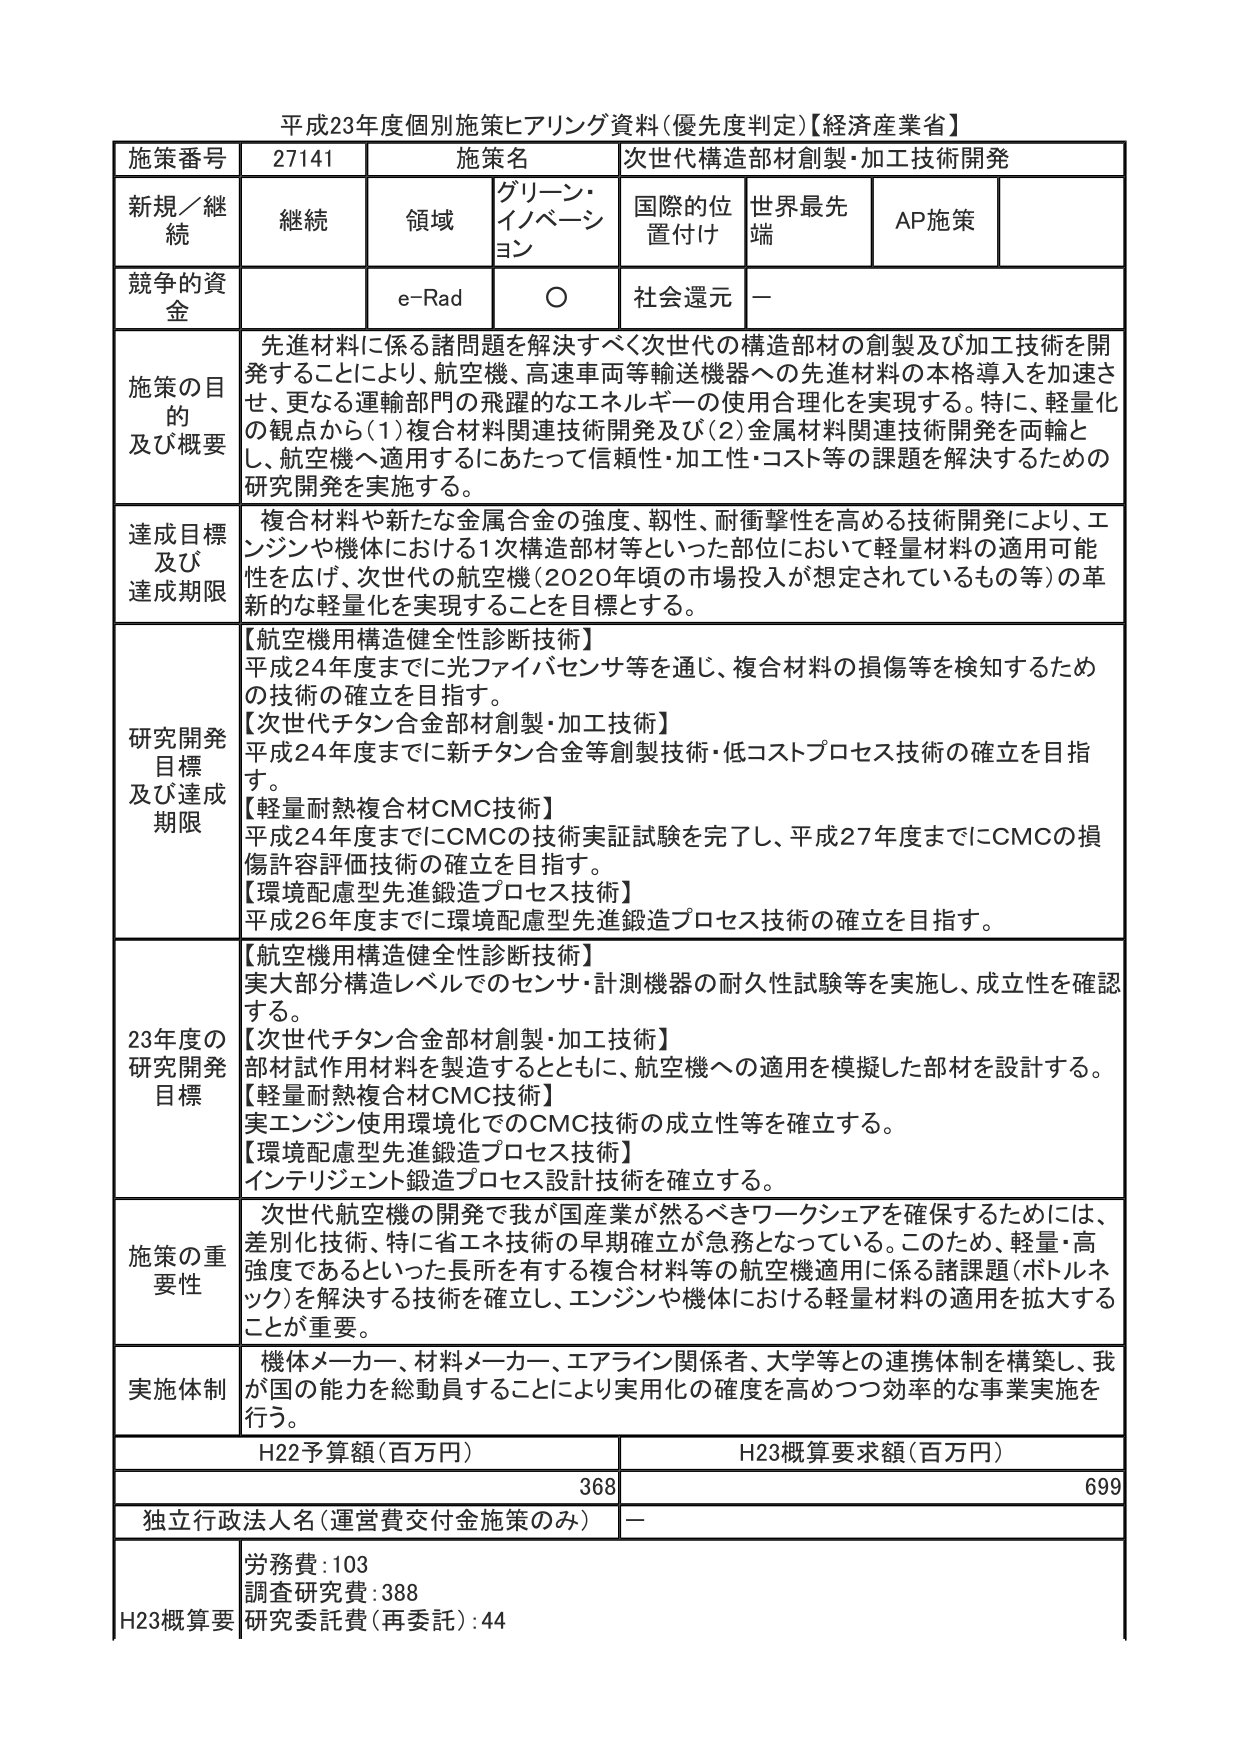
平成23年度個別施策ヒアリング資料(優先度判定)【経済産業省】

施策番号 27141 施策名 次世代構造部材創製・加工技術開発
新規／継続 継続 領域 グリーン・イノベーション 国際的位置付け 世界最先端 AP施策
競争的資金 e-Rad ○ 社会還元 －

施策の目的及び概要 先進材料に係る諸問題を解決すべく次世代の構造部材の創製及び加工技術を開発することにより、航空機、高速車両等輸送機器への先進材料の本格導入を加速させ、更なる運輸部門の飛躍的なエネルギーの使用合理化を実現する。特に、軽量化の観点から(1)複合材料関連技術開発及び(2)金属材料関連技術開発を両輪とし、航空機へ適用するにあたって信頼性・加工性・コスト等の課題を解決するための研究開発を実施する。

達成目標及び達成期限 複合材料や新たな金属合金の強度、靭性、耐衝撃性を高める技術開発により、エンジンや機体における1次構造部材等といった部位において軽量材料の適用可能性を広げ、次世代の航空機(2020年頃の市場投入が想定されているもの等)の革新的な軽量化を実現することを目標とする。

研究開発目標及び達成期限 【航空機用構造健全性診断技術】 平成24年度までに光ファイバセンサ等を通じ、複合材料の損傷等を検知するための技術の確立を目指す。 【次世代チタン合金部材創製・加工技術】 平成24年度までに新チタン合金等創製技術・低コストプロセス技術の確立を目指す。 【軽量耐熱複合材CMC技術】 平成24年度までにCMCの技術実証試験を完了し、平成27年度までにCMCの損傷許容評価技術の確立を目指す。 【環境配慮型先進鍛造プロセス技術】 平成26年度までに環境配慮型先進鍛造プロセス技術の確立を目指す。

23年度の研究開発目標 【航空機用構造健全性診断技術】 実大部分構造レベルでのセンサ・計測機器の耐久性試験等を実施し、成立性を確認する。 【次世代チタン合金部材創製・加工技術】 部材試作用材料を製造するとともに、航空機への適用を模擬した部材を設計する。 【軽量耐熱複合材CMC技術】 実エンジン使用環境化でのCMC技術の成立性等を確立する。 【環境配慮型先進鍛造プロセス技術】 インテリジェント鍛造プロセス設計技術を確立する。

施策の重要性 次世代航空機の開発で我が国産業が然るべきワークシェアを確保するためには、差別化技術、特に省エネ技術の早期確立が急務となっている。このため、軽量・高強度であるといった長所を有する複合材料等の航空機適用に係る諸課題(ボトルネック)を解決する技術を確立し、エンジンや機体における軽量材料の適用を拡大することが重要。

実施体制 機体メーカー、材料メーカー、エアライン関係者、大学等との連携体制を構築し、我が国の能力を総動員することにより実用化の確度を高めつつ効率的な事業実施を行う。

H22予算額(百万円) H23概算要求額(百万円)
368 699

独立行政法人名(運営費交付金施策のみ) －

H23概算要 労務費:103 調査研究費:388 研究委託費(再委託):44